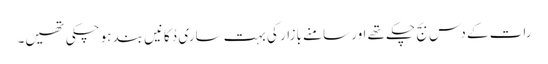
رات کے دس بج چکے تھے اور سامنے بازار کی بہت ساری دُکانیں بند ہو چکی تھیں۔